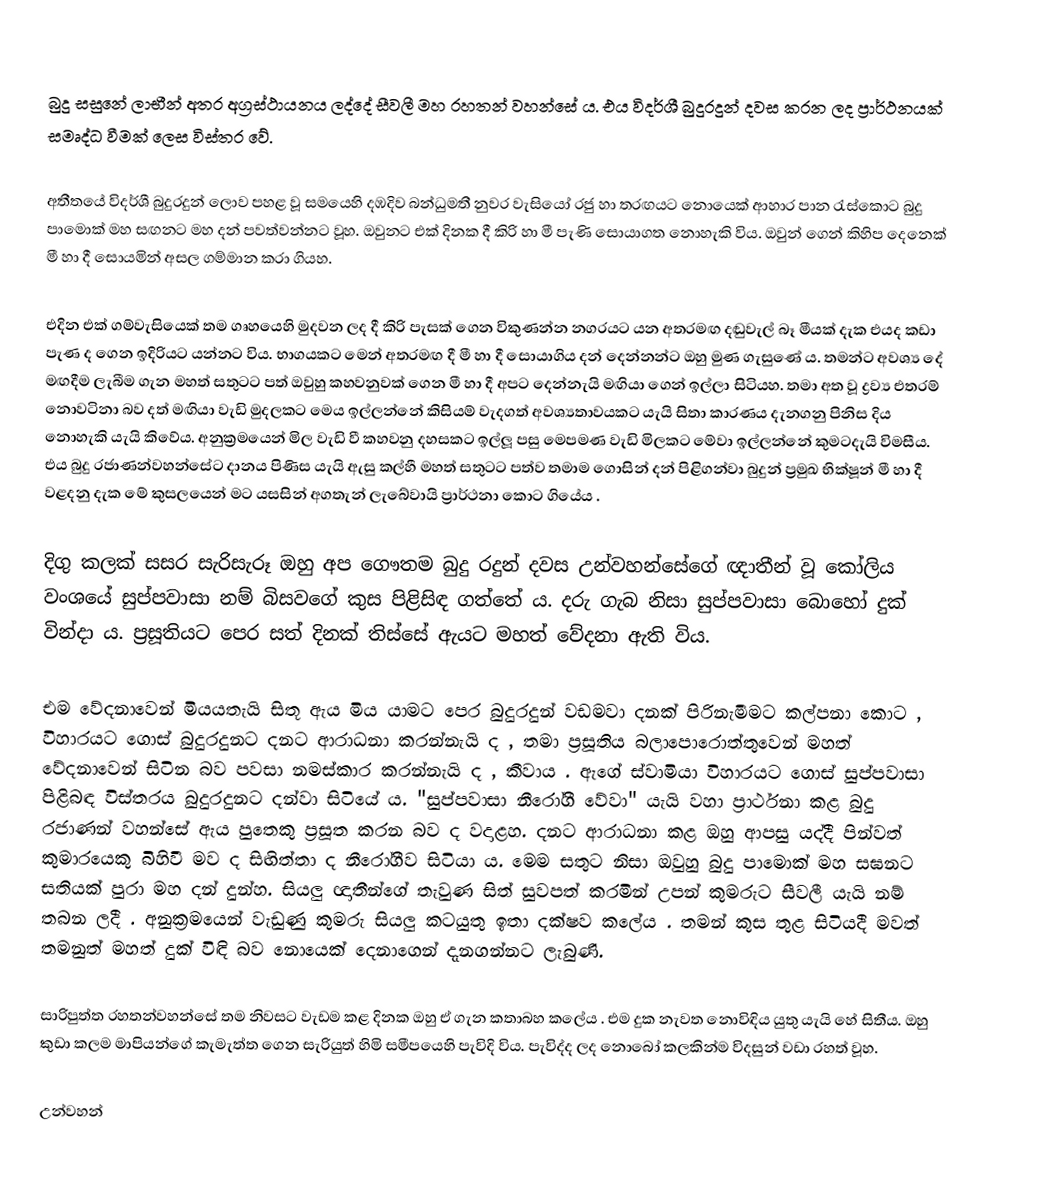
බුදු සසුනේ ලාභීන් අතර අග්‍රස්ථායනය ලද්දේ සීවලී මහ රහතන් වහන්සේ ය. එය විදර්ශී බුදුරදුන් දවස කරන ලද ප්‍රාර්ථනයක් සමෘද්ධ වීමක් ලෙස විස්තර වේ.

අතීතයේ විදර්ශී බුදුරදුන් ලොව පහළ වූ සමයෙහි දඹදිව  බන්ධුමතී නුවර වැසියෝ රජු හා තරඟයට නොයෙක් ආහාර පාන රැස්කොට බුදු පාමොක් මහ සඟනට මහ දන් පවත්වන්නට වූහ. ඔවුනට එක් දිනක දී කිරි හා මී පැණි සොයාගත නොහැකි විය. ඔවුන් ගෙන් කිහිප දෙනෙක් මී හා දී සොයමින් අසල ගම්මාන කරා ගියහ.

එදින එක් ගම්වැසියෙක් තම ගෘහයෙහි මුදවන ලද දී කිරි පැසක් ගෙන විකුණන්න නගරයට යන අතරමඟ දඬුවැල් බෑ මීයක් දැක එයද කඩා පැණ ද ගෙන ඉදිරියට යන්නට විය. භාගයකට මෙන් අතරමඟ දී මී හා දී සොයාගිය දන් දෙන්නන්ට ඔහු මුණ ගැසුණේ ය. තමන්ට අවශ්‍ය දේ මඟදීම ලැබීම ගැන මහත් සතුටට පත් ඔවුහු කහවනුවක් ගෙන මී හා දී අපට දෙන්නැයි මඟියා ගෙන් ඉල්ලා සිටියහ. තමා අත වූ ද්‍රව්‍ය එතරම් නොවටිනා බව දත් මඟියා වැඩි මුදලකට මෙය ඉල්ලන්නේ කිසියම් වැදගත් අවශ්‍යතාවයකට යැයි සිතා කාරණය දැනගනු පිනිස දිය නොහැකි යැයි කිවේය. අනුක්‍රමයෙන් මිල වැඩි වී කහවනු දහසකට ඉල්ලූ පසු මෙපමණ වැඩි මිලකට මේවා ඉල්ලන්නේ කුමටදැයි විමසීය. එය බුදු රජාණන්වහන්සේට දානය පිණිස යැයි ඇසු කල්හී මහත් සතුටට පත්ව තමාම ගොසින් දන් පිළිගන්වා බුදුන් ප්‍රමුඛ භික්ෂූන් මී හා දී වළදනු දැක මේ කුසලයෙන් මට යසසින් අගතැන් ලැබේවායි ප්‍රාර්ථනා කොට ගියේය .

දිගු කලක් සසර සැරිසැරූ ඔහු අප ගෞතම බුදු රදුන් දවස උන්වහන්සේගේ ඥාතීන් වූ කෝලිය වංශයේ සුප්පවාසා නම් බිසවගේ කුස පිළිසිඳ ගත්තේ ය. දරු ගැබ නිසා සුප්පවාසා බොහෝ දුක් වින්දා ය. ප්‍රසූතියට පෙර සත් දිනක් තිස්සේ ඇයට මහත් වේදනා ඇති විය.

එම වේදනාවෙන් මියයතැයි සිතූ ඇය මිය යාමට පෙර බුදුරදුන් වඩමවා දනක් පිරිනැමීමට කල්පනා කොට , විහාරයට ගොස් බුදුරදුනට දනට ආරාධනා කරන්නැයි ද , තමා ප්‍රසූතිය බලාපොරොත්තුවෙන් මහත් වේදනාවෙන් සිටින බව පවසා නමස්කාර කරන්නැයි ද , කීවාය . ඇගේ ස්වාමියා විහාරයට ගොස් සුප්පවාසා පිළිබඳ විස්තරය බුදුරදුනට දන්වා සිටියේ ය. "සුප්පවාසා නීරෝගී වේවා" යැයි වහා ප්‍රාර්ථනා කළ බුදු රජාණන් වහන්සේ ඇය පුතෙකු ප්‍රසූත කරන බව ද වදාළහ. දනට ආරාධනා කළ ඔහු ආපසු යද්දී පින්වත් කුමාරයෙකු බිහිවී මව ද සිඟිත්තා ද නීරෝගීව සිටියා ය. මෙම සතුට නිසා ඔවුහු බුදු පාමොක් මහ සඝනට සතියක් පුරා මහ දන් දුන්හ. සියලු ඥාතීන්ගේ තැවුණ සිත් සුවපත් කරමින් උපන් කුමරුට සීවලී යැයි නම් තබන ලදී . අනුක්‍රමයෙන් වැඩුණු කුමරු සියලු කටයුතු ඉතා දක්ෂව කලේය . තමන් කුස තුළ සිටියදී මවත් තමනුත් මහත් දුක් විඳි බව නොයෙක් දෙනාගෙන් දැනගන්නට ලැබුණි.

සාරිපුත්ත රහතන්වහන්සේ තම නිවසට වැඩම කළ දිනක ඔහු ඒ ගැන කතාබහ කලේය . එම දුක නැවත නොවිඳිය යුතු යැයි හේ සිතීය. ඔහු කුඩා කලම මාපියන්ගේ කැමැත්ත ගෙන සැරියුත් හිමි සමීපයෙහි පැවිදි විය. පැවිද්ද ලද නොබෝ කලකින්ම විදසුන් වඩා රහත් වූහ.

උන්වහන්